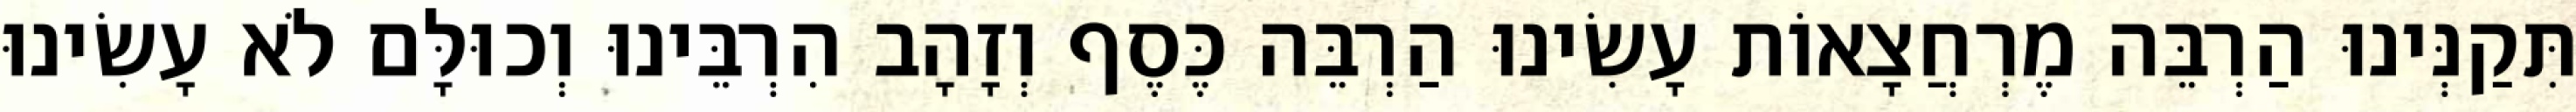
תִּקַנְּינוּ הַרְבֵּה מֶרְחֲצָאוֹת עָשִׂינוּ הַרְבֵּה כֶּסֶף וְזָהָב הִרְבֵּינוּ וְכוּלָּם לֹא עָשִׂינוּ